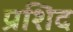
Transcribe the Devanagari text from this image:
प्रशिद